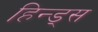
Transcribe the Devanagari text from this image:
हिन्ड्स